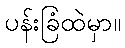
ပန်းခြံထဲမှာ။